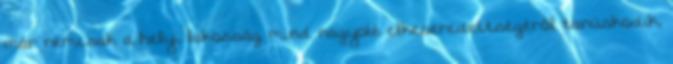
már nemcsak a helyi lakosság mind nagyobb elkeseredettségéről tanúskodik,